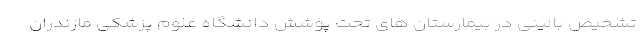
تشخیص بالینی در بیمارستان های تحت پوشش دانشگاه علوم پزشکی مازندران